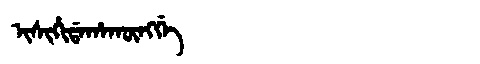
Manchu: ᡳᠰᡳᡥᡳᡩᠠᡥᠠᡴᡡᠩᡤᡝ
Romanization: ISIHIDAHAKŪNGGE